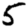
Digit: 5